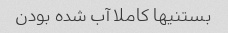
بستنیها کاملا آب شده بودن